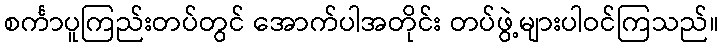
စင်္ကာပူကြည်းတပ်တွင် အောက်ပါအတိုင်း တပ်ဖွဲ့များပါဝင်ကြသည်။